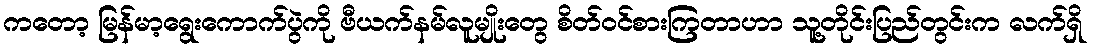
ကတော့ မြန်မာ့ရွေးကောက်ပွဲကို ဗီယက်နမ်လူမျိုးတွေ စိတ်ဝင်စားကြတာဟာ သူ့တိုင်းပြည်တွင်းက လက်ရှိ